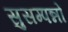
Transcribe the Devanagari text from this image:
सुसम्पन्नों